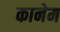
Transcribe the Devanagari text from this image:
कानेम